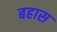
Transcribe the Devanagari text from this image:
बहास